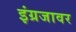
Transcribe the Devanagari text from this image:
इंग्रजावर